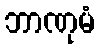
ဘာဏုမံ